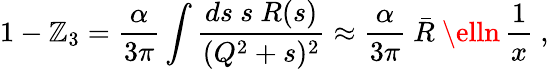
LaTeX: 1-\mathbb{Z}_{3}=\frac{{\alpha}}{{3\pi}}\int\frac{{ds~s~R(s)}}{{(Q^{2}+s)^{2}}}\approx\frac{{\alpha}}{{3\pi}}~\bar{{R}}~\elln\, \frac{{1}}{{x}}\ ,